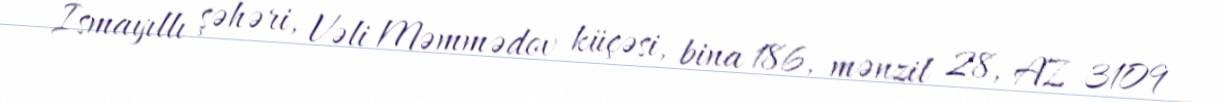
İsmayıllı şəhəri, Vəli Məmmədov küçəsi, bina 186, mənzil 28, AZ 3109